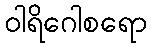
ဝါရိဂေါစရော